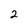
Character: 2